65_HS1-834228961_62-HQ-83894_Section_3
Agency: FBI
Page 58
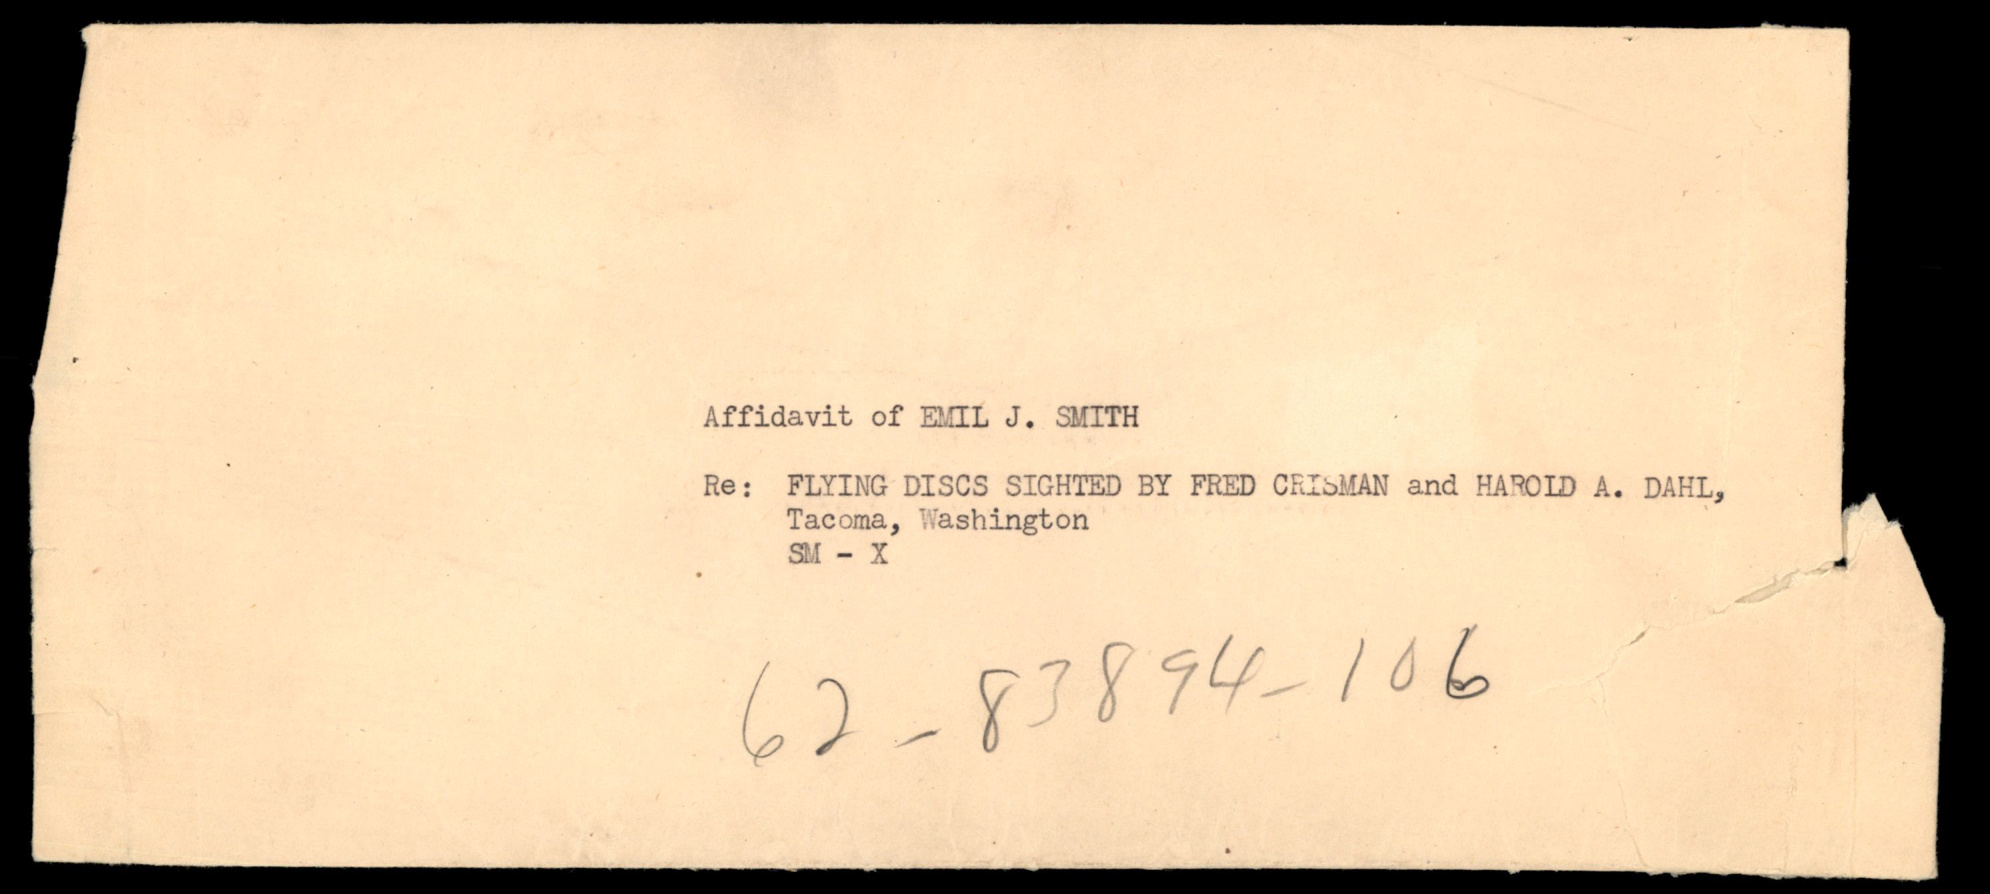